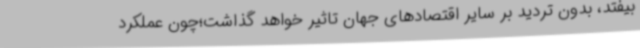
بیفتد، بدون تردید بر سایر اقتصادهای جهان تاثیر خواهد گذاشت؛چون عملکرد